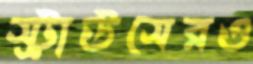
স্ট্রাউসেরও